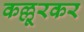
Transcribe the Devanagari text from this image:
कल्लूरकर